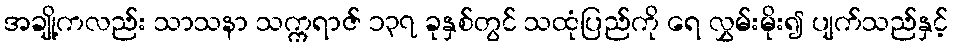
အချို့ကလည်း သာသနာ သက္ကရာဇ် ၁၃၇ ခုနှစ်တွင် သထုံပြည်ကို ရေ လွှမ်းမိုး၍ ပျက်သည်နှင့်